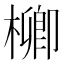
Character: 𣛬